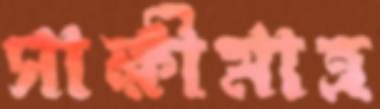
সাক্ষীমাত্র